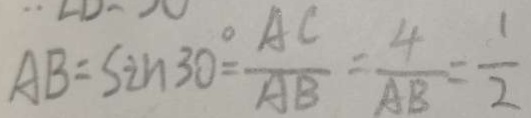
A B = \sin 3 0 ^ { \circ } = \frac { A C } { A B } = \frac { 4 } { A B } = \frac { 1 } { 2 }